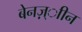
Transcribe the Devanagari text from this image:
बेनज़्ाीन